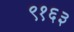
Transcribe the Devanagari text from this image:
९१६३